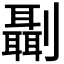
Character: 𠠨